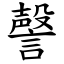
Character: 謦